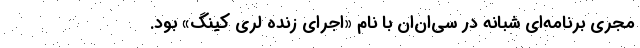
مجری برنامه‌ای شبانه در سی‌ان‌ان با نام «اجرای زندهٔ لَری کینگ» بود.